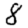
Digit: 8